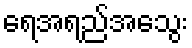
ရေအရည်အသွေး